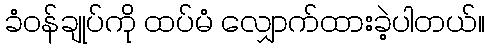
ခံဝန်ချုပ်ကို ထပ်မံ လျှောက်ထားခဲ့ပါတယ်။